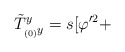
\begin{align*}\tilde T^{y}_{_{(0)}y} = s [\varphi'^2 +\end{align*}